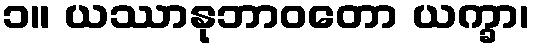
၁။ ယဿာနုဘာဝတော ယက္ခာ၊